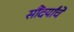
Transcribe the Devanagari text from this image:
सौंदर्यांचे